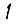
Digit: 1